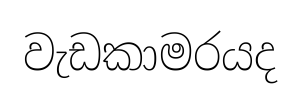
වැඩකාමරයද